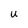
Character: u